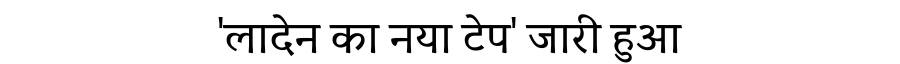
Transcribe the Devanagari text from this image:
'लादेन का नया टेप' जारी हुआ